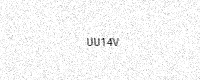
Text: UU14V